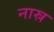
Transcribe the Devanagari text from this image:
नास्र